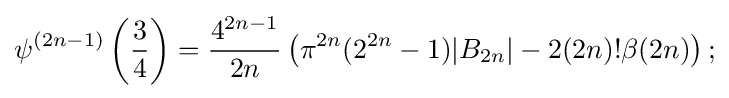
\psi ^{(2n-1)}\left({\frac {3}{4}}\right)={\frac {4^{2n-1}}{2n}}\left(\pi ^{2n}(2^{2n}-1)|B_{2n}|-2(2n)!\beta (2n)\right);